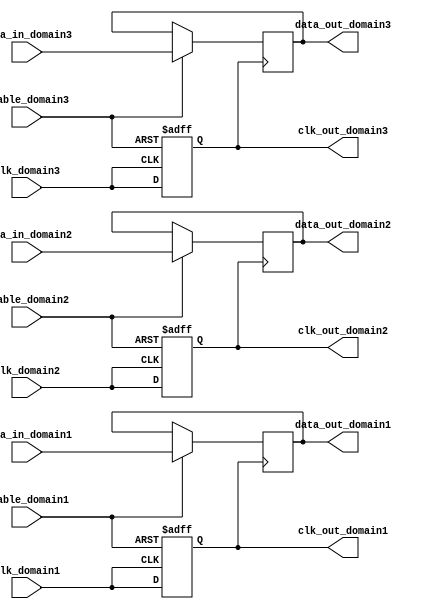
module memory_block_gating (
    input wire clk_domain1,
    input wire clk_domain2,
    input wire clk_domain3,
    input wire enable_domain1,
    input wire enable_domain2,
    input wire enable_domain3,
    input wire [N-1:0] data_in_domain1,
    input wire [N-1:0] data_in_domain2,
    input wire [N-1:0] data_in_domain3,
    output reg [N-1:0] data_out_domain1,
    output reg [N-1:0] data_out_domain2,
    output reg [N-1:0] data_out_domain3,
    output reg clk_out_domain1,
    output reg clk_out_domain2,
    output reg clk_out_domain3
);

// Parameter for data width
parameter N = 8;

// Clock gating logic for domain 1
always @(posedge clk_domain1 or negedge enable_domain1) begin
    if (!enable_domain1) begin
        clk_out_domain1 <= 0; // Gating clock
    end else begin
        clk_out_domain1 <= clk_domain1; // Pass through clock
    end
end

// Clock gating logic for domain 2
always @(posedge clk_domain2 or negedge enable_domain2) begin
    if (!enable_domain2) begin
        clk_out_domain2 <= 0; // Gating clock
    end else begin
        clk_out_domain2 <= clk_domain2; // Pass through clock
    end
end

// Clock gating logic for domain 3
always @(posedge clk_domain3 or negedge enable_domain3) begin
    if (!enable_domain3) begin
        clk_out_domain3 <= 0; // Gating clock
    end else begin
        clk_out_domain3 <= clk_domain3; // Pass through clock
    end
end

// Memory access logic for domain 1
always @(posedge clk_out_domain1) begin
    if (enable_domain1) begin
        data_out_domain1 <= data_in_domain1; // Perform memory operation
    end
end

// Memory access logic for domain 2
always @(posedge clk_out_domain2) begin
    if (enable_domain2) begin
        data_out_domain2 <= data_in_domain2; // Perform memory operation
    end
end

// Memory access logic for domain 3
always @(posedge clk_out_domain3) begin
    if (enable_domain3) begin
        data_out_domain3 <= data_in_domain3; // Perform memory operation
    end
end

endmodule